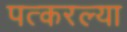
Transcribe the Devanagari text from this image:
पत्करल्या